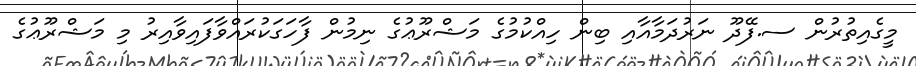
މީގެއިތުރުން ސ.ފޭދޫ ނަރުދަމާއާއި ބިން ހިއްކުމުގެ މަޝްރޫޢުގެ ނިމުން ފާހަގަކުރައްވާފައިވާއިރު މި މަޝްރޫޢުގެ